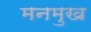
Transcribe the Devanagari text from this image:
मनमुख